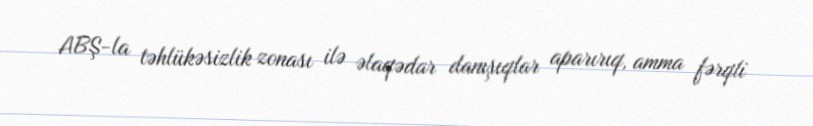
ABŞ-la təhlükəsizlik zonası ilə əlaqədar danışıqlar aparırıq, amma fərqli